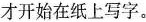
才开始在纸上写字。